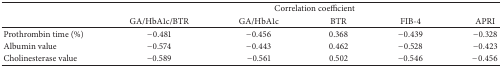
|  | <COLSPAN=5> Correlation coefficient |
 |  | GA/HbA1c/BTR | GA/HbA1c | BTR | FIB-4 | APRI |
 | --- | --- | --- | --- | --- | --- |
 | Prothrombin time (%) | −0.481 | −0.456 | 0.368 | −0.439 | −0.328 |
 | Albumin value | −0.574 | −0.443 | 0.462 | −0.528 | −0.423 |
 | Cholinesterase value | −0.589 | −0.561 | 0.502 | −0.546 | −0.456 |